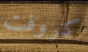
كروفت